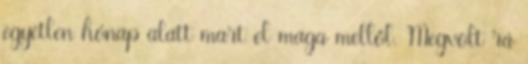
egyetlen hónap alatt mart el maga mellől. Megvolt rá